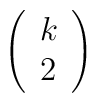
\left(\begin{array}{c} k \\ 2 \end{array} \right)